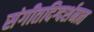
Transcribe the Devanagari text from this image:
संगीतदिग्दर्शनात